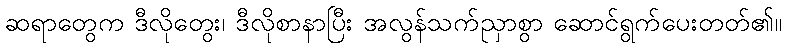
ဆရာတွေက ဒီလိုတွေး၊ ဒီလိုစာနာပြီး အလွန်သက်ညှာစွာ ဆောင်ရွက်ပေးတတ်၏။